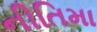
નીતિમા